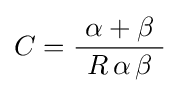
C={\frac {~\alpha +\beta ~}{R\,\alpha \,\beta }}